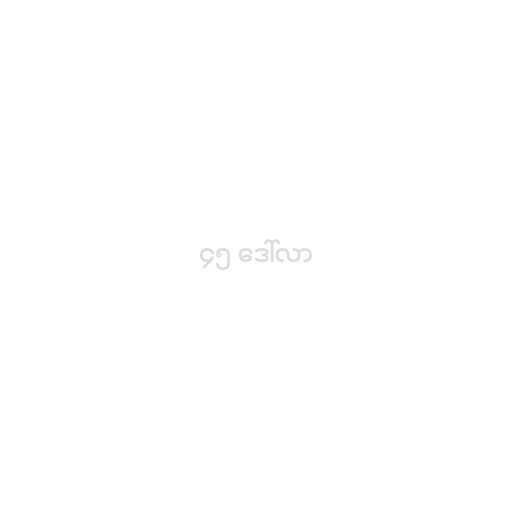
၄၅ ဒေါ်လာ